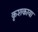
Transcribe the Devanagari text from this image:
कृशकाया